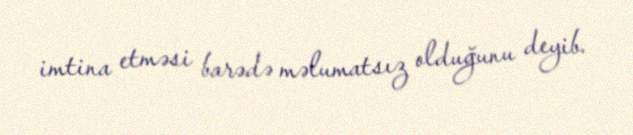
imtina etməsi barədə məlumatsız olduğunu deyib.